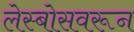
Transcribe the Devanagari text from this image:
लेस्बोसवरून